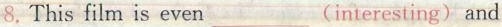
8.This film is even ___(interesting) and